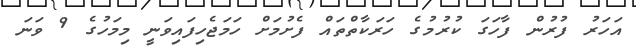
އަހަރު ފުރުން ފާހަގަ ކުރުމުގެ ހަރަކާތްތައް ފެށުމަށް ހަމަޖެހިފައިވަނީ މިމަހުގެ 9 ވަނަ